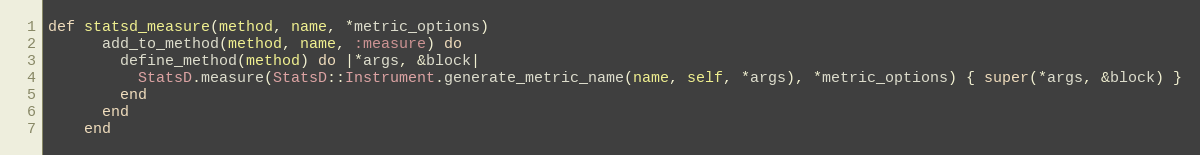
Language: Ruby
def statsd_measure(method, name, *metric_options)
      add_to_method(method, name, :measure) do
        define_method(method) do |*args, &block|
          StatsD.measure(StatsD::Instrument.generate_metric_name(name, self, *args), *metric_options) { super(*args, &block) }
        end
      end
    end